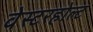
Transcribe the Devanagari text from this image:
वेस्टरहोल्ट